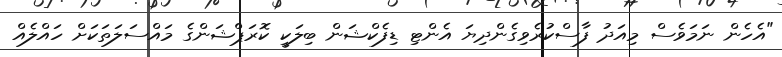
"އެހެން ނަމަވެސް މިއަދު ފާސްކުރެވިގެންދިޔަ އެންޓި ޑިފެކްޝަން ބިލަކީ ކޮރަޕްޝަންގެ މައްސަލަތަކަށް ހައްލެއް